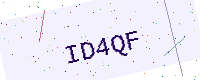
Text: ID4QF